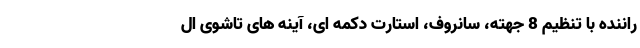
راننده با تنظیم 8 جهته، سانروف، استارت دکمه ای، آینه های تاشوی ال